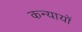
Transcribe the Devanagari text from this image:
कन्यायों